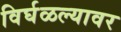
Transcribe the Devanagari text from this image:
विर्घळल्यावर